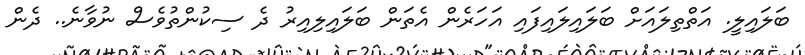
ބަލައިލީ. އަތްތިލައަށް ބަލައިލައިފައި އަހަރެން އެތަން ބަލައިލިއިރު ދެ ސިކުންތުވެސް ނުވާނެ.. ދެން